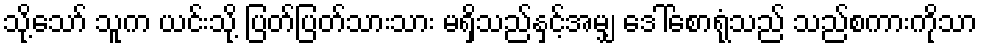
သို့သော် သူက ယင်းသို့ ပြတ်ပြတ်သားသား မရှိသည်နှင့်အမျှ ဒေါ်စောရုံသည် သည်စကားကိုသာ